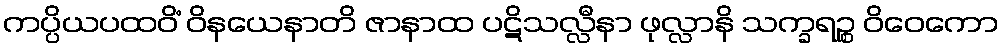
ကပ္ပိယပထဝိံ ဝိနယေနာတိ ဇာနာထ ပဋိသလ္လီနာ ဖုလ္လာနိ သက္ခရဉ္စ ဝိဝေကော